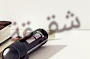
شقيقة